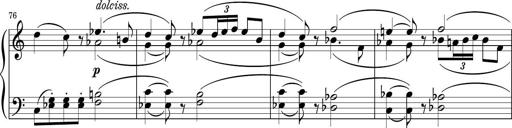
Title: Sonatina PandemÃ³nium
Composer: VÃ­ctor Carbajo
Key: C major